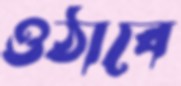
ওঠাবে